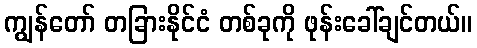
ကျွန်တော် တခြားနိုင်ငံ တစ်ခုကို ဖုန်းခေါ်ချင်တယ်။